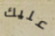
عليك